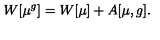
W [ \mu ^ { g } ] = W [ \mu ] + A [ \mu , g ] .